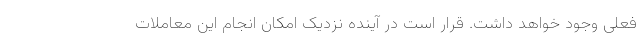
فعلی وجود خواهد داشت. قرار است در آینده نزدیک امکان انجام این معاملات